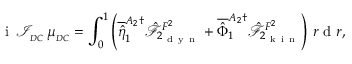
\mathrm { ~ i ~ } \, \mathcal { I } _ { _ { D C } } \, \mu _ { _ { D C } } = \int _ { 0 } ^ { 1 } \left( \overline { { \hat { \eta } } } _ { 1 } ^ { A _ { 2 } \dagger } \hat { \mathcal { F } } _ { 2 _ { \mathrm { ~ d ~ y ~ n ~ } } } ^ { F ^ { 2 } } + \overline { { \hat { \Phi } } } _ { 1 } ^ { A _ { 2 } \dagger } \hat { \mathcal { F } } _ { 2 _ { \mathrm { ~ k ~ i ~ n ~ } } } ^ { F ^ { 2 } } \right) \, r \mathrm { ~ d ~ } r ,